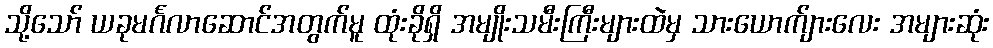
သို့သော် ယခုမင်္ဂလာဆောင်အတွက်မူ ထုံးခိုရှိ အမျိုးသမီးကြီးများထဲမှ သားယောက်ျားလေး အများဆုံး